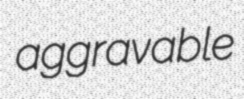
aggravable